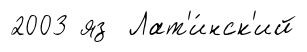
2003 яз Лат'и́нск'ий